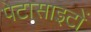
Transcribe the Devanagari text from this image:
पेटासाइटों